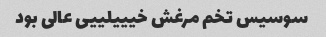
سوسیس تخم مرغش خیییلییی عالی بود